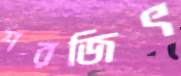
শরজিৎ